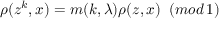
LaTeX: \rho ( z ^ { k } , x ) = m ( k , \lambda ) \rho ( z , x ) \; \; ( m o d \, 1 )